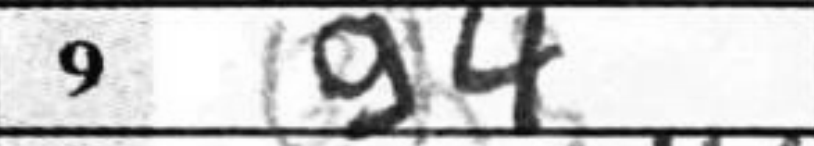
Transcription: g4